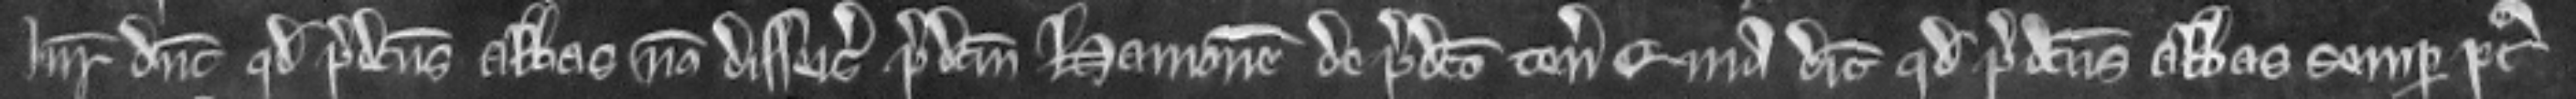
Juratores dicunt quod predictus Abbas non disseisivit predictum Hamonem de predicto tenemento quia dicunt quod predictus Abbas semper post